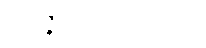
အဝိဇ္ဇာသမောသရဏာ